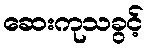
ဆေးကုသခွင့်